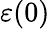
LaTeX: \varepsilon(0)